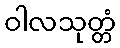
ဝါလသုတ္တံ